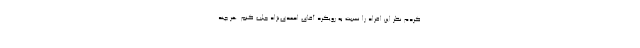
کردم نظر این افراد را نسبت به رویکرد آقای احمدی‌نژاد جلب کنم. هر چند